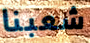
شعبنا